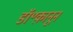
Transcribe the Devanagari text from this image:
डॉ॰क़ानून